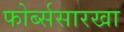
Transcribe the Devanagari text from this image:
फोर्ब्ससारखा